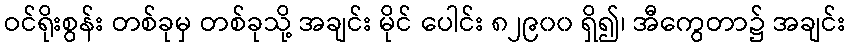
ဝင်ရိုးစွန်း တစ်ခုမှ တစ်ခုသို့ အချင်း မိုင် ပေါင်း ၈၂၉၀၀ ရှိ၍၊ အီကွေတာ၌ အချင်း